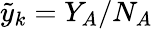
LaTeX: \tilde{y}_{k}=Y_{A}/N_{A}